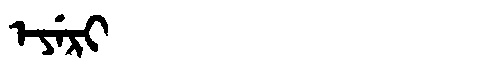
Manchu: ᡝᠶᡝᡵᡳ
Romanization: EYERI